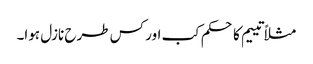
مثلاً تییم کا حکم کب اور کس طرح نازل ہوا۔